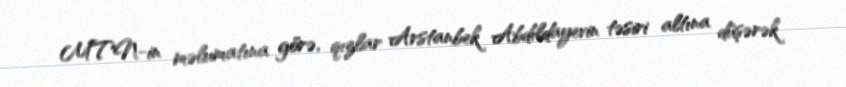
MTN-in məlumatına görə, qızlar Arstanbek Abdıldayevin təsiri altına düşərək